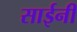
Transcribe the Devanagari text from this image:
साईनी